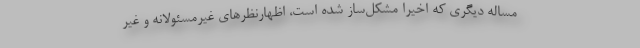
مساله دیگری که اخیرا مشکل‌ساز شده است، اظهارنظرهای غیرمسئولانه و غیر